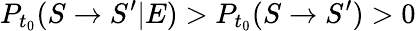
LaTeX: P_{t_{0}}(S\rightarrow S^{\prime}|E)>P_{t_{0}}(S\rightarrow S^{\prime})>0